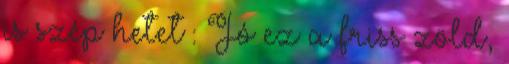
is szép hetet : Jó ez a friss zöld,